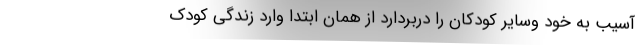
آسیب به خود وسایر کودکان را دربردارد از همان ابتدا وارد زندگی کودک